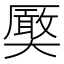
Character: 𭑤